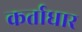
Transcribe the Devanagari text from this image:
कर्ताधार